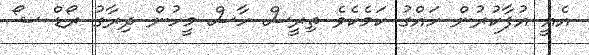
އެއީ އުފާކުރުން ހައްގު ކަމެކެވެ ތިރީސް ހާސް މީހުން ދިރާގު ރޯޑް ޝޯ